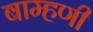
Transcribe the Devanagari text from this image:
बाम्हणी